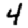
Digit: 4